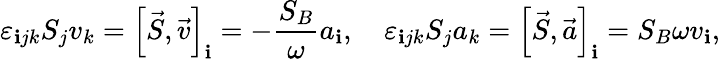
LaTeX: \varepsilon_{\mathbf{i}jk}S_{j}v_{k}=\left[\vec{{S}},\vec{{v}}\right]_{\mathbf{i}}=-\frac{{S_{B}}}{{\omega}}a_{\mathbf{i}},\quad\varepsilon_{\mathbf{i}jk}S_{j}a_{k}=\left[\vec{{S}},\vec{{a}}\right]_{\mathbf{i}}={S_{B}}{\omega}v_{\mathbf{i}},